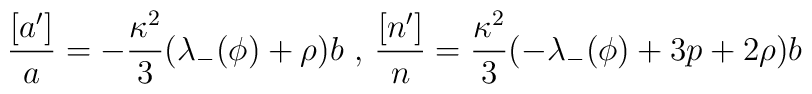
\frac{[a']}{a} = - \frac{\kappa^2}{3}(\lambda_{-}(\phi)+ \rho) b \hbox{ , } \frac{[n']}{n} = \frac{\kappa^2}{3}(-\lambda_{-}(\phi)+ 3p+2 \rho)b